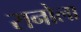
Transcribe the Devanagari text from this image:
रानोला